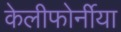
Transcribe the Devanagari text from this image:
केलीफोर्नीया